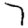
Digit: 7